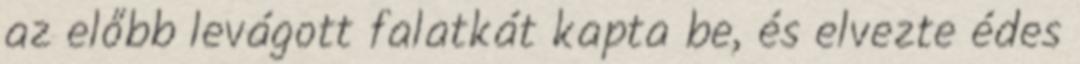
az előbb levágott falatkát kapta be, és elvezte édes